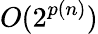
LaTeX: O(2^{p(n)})